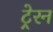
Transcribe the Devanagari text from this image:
ट्रेरन